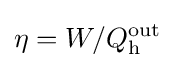
\eta =W/Q_{\text{h}}^{\text{out}}